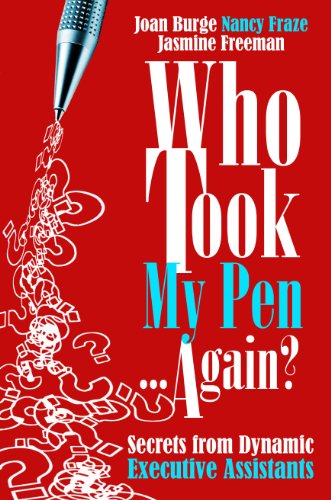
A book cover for Who Took My Pen ... Again? Secrets from Dynamic Executive Assistants; Jasmine Freeman; Business & Money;